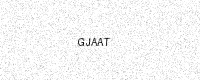
Text: GJAAT